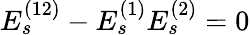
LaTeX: E_{s}^{(12)}-E_{s}^{(1)}E_{s}^{(2)}=0